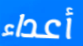
أعداء